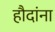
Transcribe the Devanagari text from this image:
हौदांना